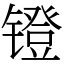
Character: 镫